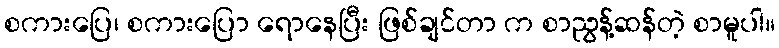
စကားပြေ၊ စကားပြော ရောနေပြီး ဖြစ်ချင်တာ က စာညွန့်ဆန်တဲ့ စာမူပါ။